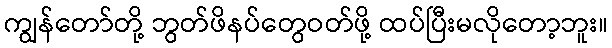
ကျွန်တော်တို့ ဘွတ်ဖိနပ်တွေဝတ်ဖို့ ထပ်ပြီးမလိုတော့ဘူး။